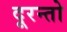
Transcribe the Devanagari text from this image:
दूरन्तो